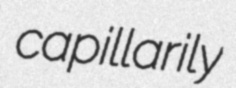
capillarily